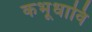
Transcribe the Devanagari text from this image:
कभूधावि